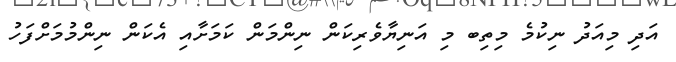
އަދި މިއަދު ނިކުމެ މިތިބ މި އަނިޔާވެރިކަން ނިންމަން ކަމަށާއި އެކަން ނިންމުމަށްފަހު